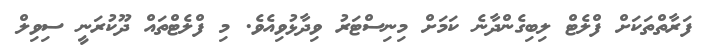
ފަރާތްތަކަށް ފްލެޓް ލިބިގެންދާނެ ކަމަށް މިނިސްޓަރު ވިދާޅުވިއެވެ. މި ފްލެޓްތައް ދޫކުރަނީ ސިވިލް